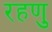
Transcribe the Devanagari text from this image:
रहणु